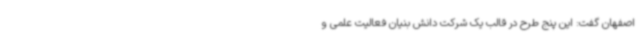
اصفهان گفت: این پنج طرح در قالب یک شرکت دانش بنیان فعالیت علمی و